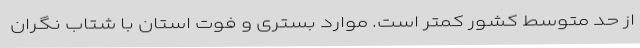
از حد متوسط کشور کمتر است. موارد بستری و فوت استان با شتاب نگران‌